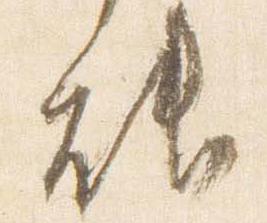
能